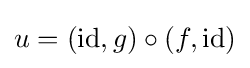
u=(\operatorname {id} ,g)\circ (f,\operatorname {id} )